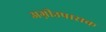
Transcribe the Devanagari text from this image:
अग्नीउपासक